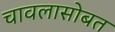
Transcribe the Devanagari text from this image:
चावलासोबत